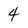
Character: 4